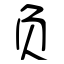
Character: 负